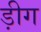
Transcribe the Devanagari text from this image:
ड़ीग